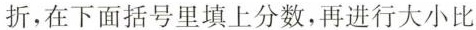
折，在下面括号里填上分数，再进行大小比